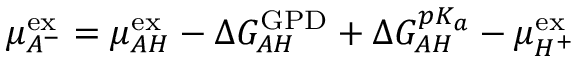
\mu _ { A ^ { - } } ^ { \mathrm { { e x } } } = \mu _ { A H } ^ { \mathrm { { e x } } } - \Delta G _ { A H } ^ { \mathrm { { G P D } } } + \Delta G _ { A H } ^ { p K _ { a } } - \mu _ { H ^ { + } } ^ { \mathrm { { e x } } }